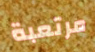
مرتعبة